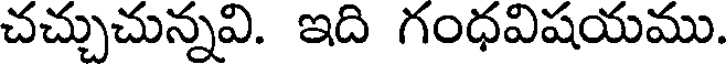
చచ్చుచున్నవి. ఇది గంధవిషయము.